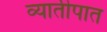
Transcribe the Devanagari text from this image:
व्यातीपात